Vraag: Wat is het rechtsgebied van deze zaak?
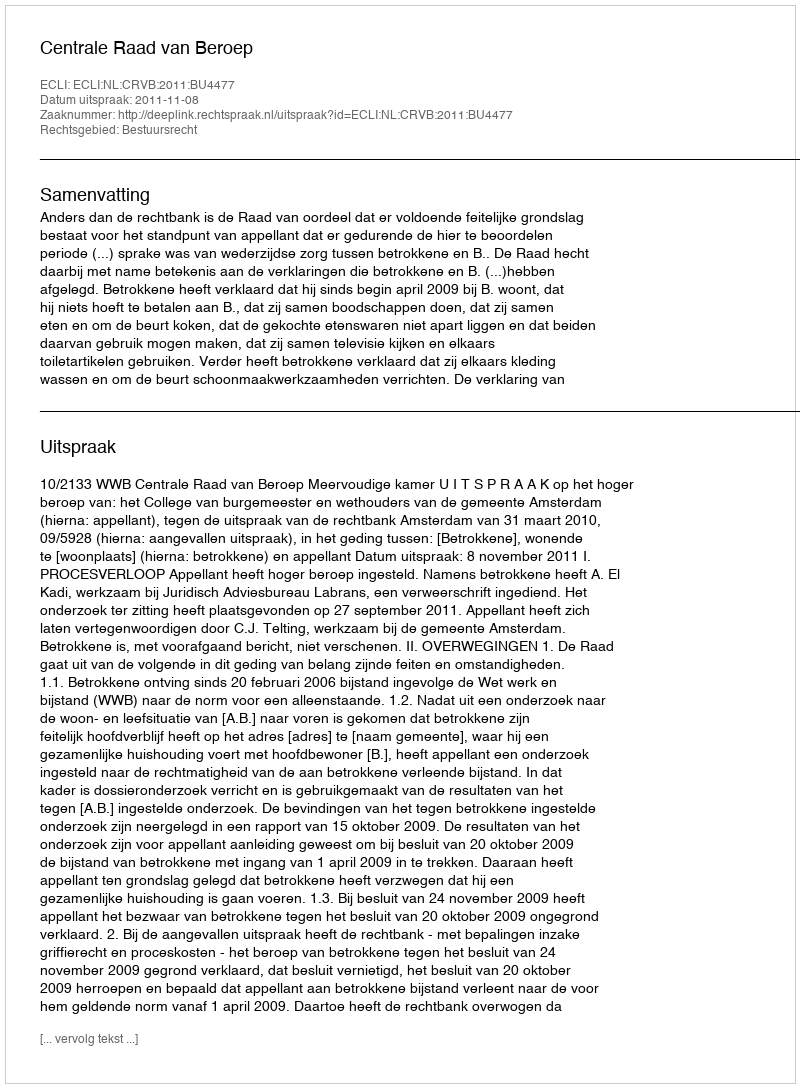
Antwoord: Bestuursrecht